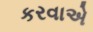
કરવાએ